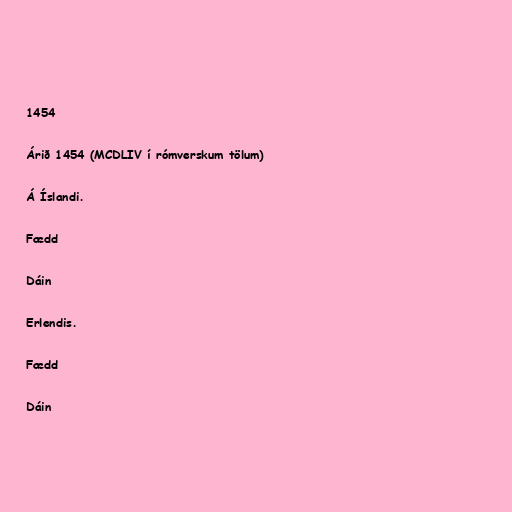
1454

Árið 1454 (MCDLIV í rómverskum tölum)

Á Íslandi.

Fædd

Dáin

Erlendis.

Fædd

Dáin